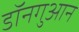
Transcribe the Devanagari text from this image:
डॉनगुआन